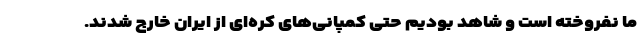
ما نفروخته است و شاهد بودیم حتی کمپانی‌های کره‌ای از ایران خارج شدند.